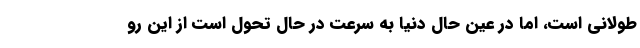
طولانی است، اما در عین حال دنیا به سرعت در حال تحول است از این رو